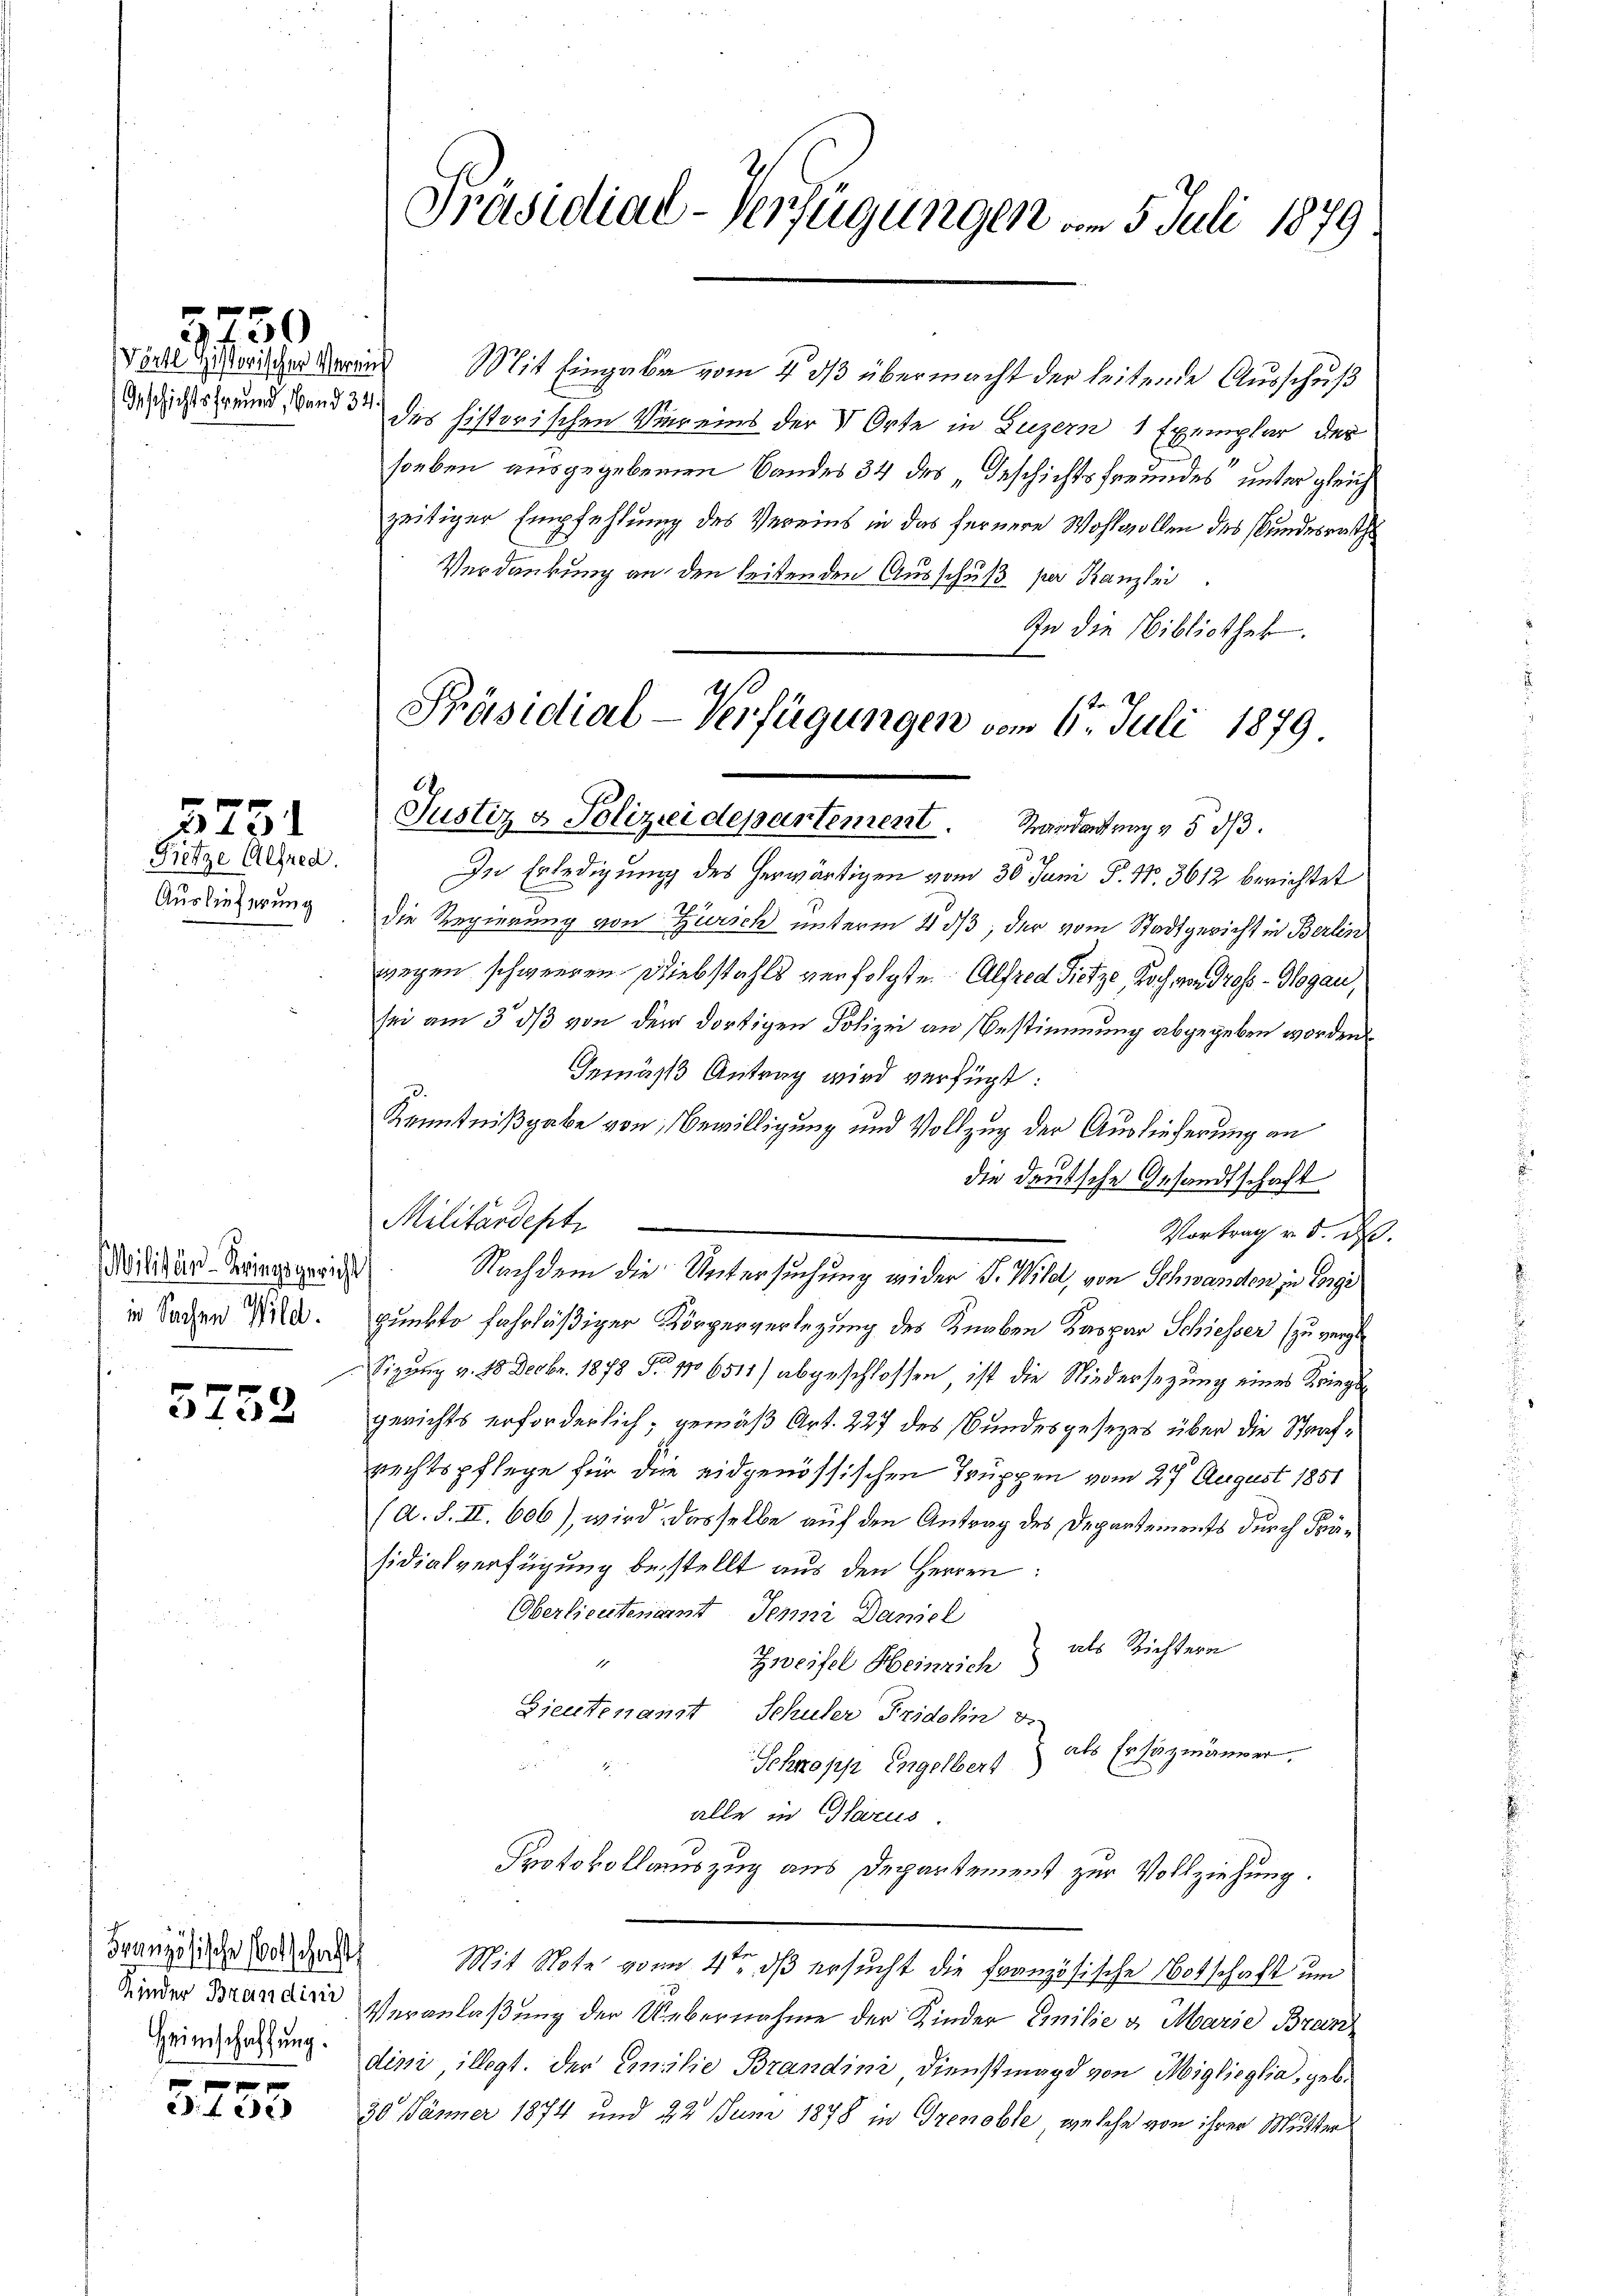
Geschichtsfreund, Band 3:

Pretze Alfred.
Auslieferung

3751

5750

Militar-Kriegsgericht
in Sachen Wild.

5752

Französische Botschaft
Heimschaffung.

xx
fee

Präsidial-Verfügungen am 5. Juli 1879

Präsidial-Verfügungen vom 6. Juli 1879
Justiz & Polizeidepartement. Mandantrag & 5 d

Viell die horischer Waren Mit Eingabe vom 4 3/3 übermacht der leitende Ausschuß
des historischen Viereins der V Orte in Luzern 1 Exemplar der
soeben ausgegebenen Bandes 34 des „Geschichtsfreundes“ unter gleich
zeitiger Empfehlung des Vereins in das fernere Wohlwollen des Bundesersteh
Verdankung an den leitenden Ausschuß per Kanzlei
In die Bibliothek.
In Erledigung des herwärtigen vom 30. Juni P. Nr. 3612 berichtet
die Regierung von Zürich unterm 4. ds, der vom Stadtgericht in Berlin
wegen schwerren Diebstahls verfolgte Alfred Sitze, doch, von Gross - Glogau,
sei am 3. ds von dem dortigen Polizei an Bestimmung abgegeben worden
Gemäß Antrag wird verfügt:
Kenntnißgabe von Bewilligung und Vollzug der Auslieferung an
die deutsche Gesandtschaft
Militärdept
Vortrag v. d. d.
Nachdem die Untersuchung wider S. Wild, von Schwanden in Vorge
punkto fahrläßiger Körperverlegung des Knaben Kaspar Schiesser (zu vergle
Sigung v. 18 Decbr. 1878 Fr. 106511/ abgeschlossen, ist die Niedersezung eines Kriegsgerichts erforderlich, gemäß Art. 227 des Bundesgesezes über die Strafrechtspflege für die eidgenössischen Truppen vom 27 August 1851
(A. S. II. 606), wird dasselbe auf den Antrag des Departements durch Präsidialverfügung bestellt aus den Herren:
Oberlieutenamt Jenni Daniel
Zweifel Heinrich, als Richtern
Gieutenannt Schuler Fridolin d
Schnopp Engelbert als Ersatzmänner.
u
alle in Glarus.
Protokollauszug aus Departement zur Vollziehung.
ben
Mit Note von 4, dß ersucht die französische Botschaft um
Kinder Branden Veranlaßung der Uebernahme der Kinder Emilie u. Marie Bran
dini, illigt. Der Emilie Brandini Dienstmagd von Miglieglia, geb.
30. Jänner 1874 und 22 Juni 1878 in Grenoble, welche von ihrer Mutter